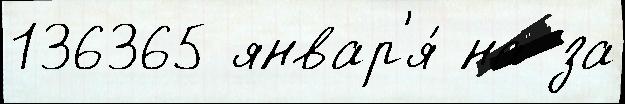
136365 январ'я́ на за